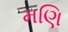
મણિ